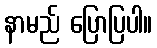
နာမည် ပြောပြပါ။